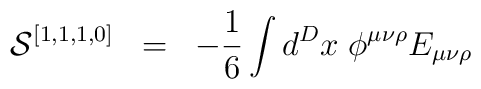
{\cal{S}}^{[1,1,1,0]} \;\; =\;\; - \frac{1}{6} \int d^D x \; \phi^{\mu\nu\rho} E_{\mu\nu\rho}